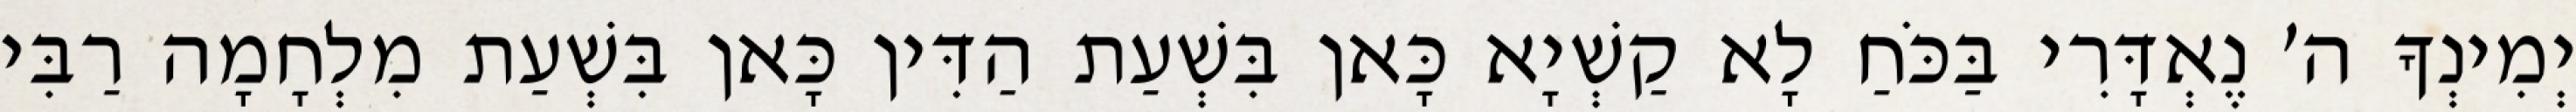
יְמִינְךָ ה׳ נֶאְדָּרִי בַּכֹּחַ לָא קַשְׁיָא כָּאן בִּשְׁעַת הַדִּין כָּאן בִּשְׁעַת מִלְחָמָה רַבִּי